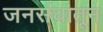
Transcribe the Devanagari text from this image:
जनसंघातून